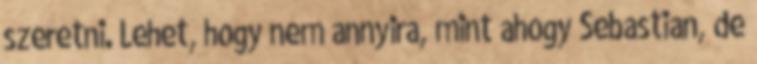
szeretni. Lehet, hogy nem annyira, mint ahogy Sebastian, de